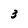
Character: 3